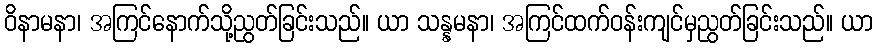
ဝိနာမနာ၊ အကြင်နောက်သို့ညွတ်ခြင်းသည်။ ယာ သန္နမနာ၊ အကြင်ထက်ဝန်းကျင်မှညွတ်ခြင်းသည်။ ယာ